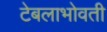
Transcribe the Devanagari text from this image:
टेबलाभोवती